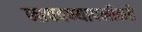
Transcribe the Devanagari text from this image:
नाचवण्यापलीकडे